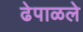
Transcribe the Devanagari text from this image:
ढेपाळले